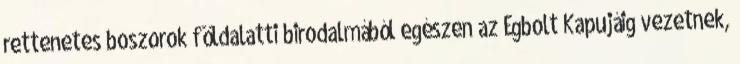
rettenetes boszorok földalatti birodalmából egészen az Égbolt Kapujáig vezetnek,